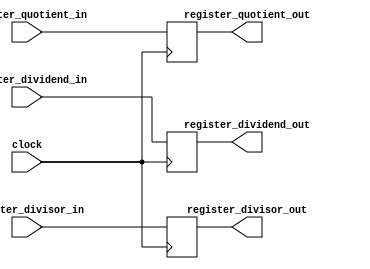


module Register(register_divisor_in,register_dividend_in,register_quotient_in,register_divisor_out,register_dividend_out,register_quotient_out,clock);
parameter divisorBITS=8;
parameter dividendBITS=16;
parameter addBITS=divisorBITS+dividendBITS-1;
input [addBITS-1:0]register_dividend_in;
input [addBITS-1:0]register_divisor_in;
input [dividendBITS-1:0]register_quotient_in;
input clock;
output reg [22:0]register_dividend_out;
output reg [22:0]register_divisor_out;
output reg[15:0] register_quotient_out;
always@(posedge clock)     
begin
register_dividend_out<=register_dividend_in; 
register_divisor_out<=register_divisor_in;
register_quotient_out<=register_quotient_in;
end
endmodule